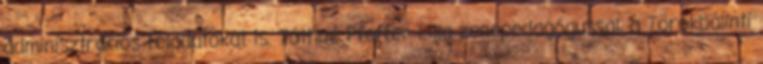
adminisztrációs feladatokat is. Tóthné Pfeffer Lilla zenepedagógussal, a Törökbálinti